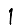
Digit: 1